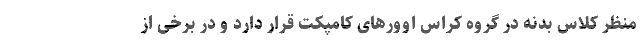
منظر کلاس بدنه در گروه کراس اوورهای کامپکت قرار دارد و در برخی از